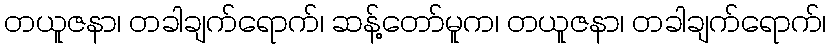
တယူဇနာ၊ တခါချက်ရောက်၊ ဆန့်တော်မူက၊ တယူဇနာ၊ တခါချက်ရောက်၊